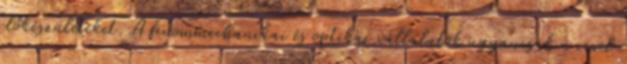
előkészületeket. A finommechanikai és optikai vállalatok ugyancsak a civil